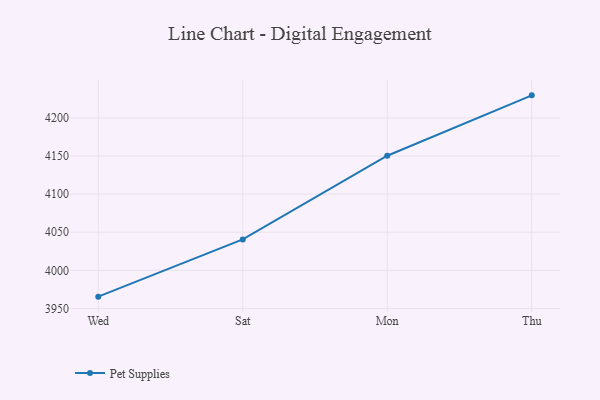
{"axis": {"x": "Day", "y": "Revenue (USD Million)"}, "legend": ["Pet Supplies"], "data": [{"x": "Wed", "y": 3965.4, "type": "Pet Supplies"}, {"x": "Sat", "y": 4040.5, "type": "Pet Supplies"}, {"x": "Mon", "y": 4150.4, "type": "Pet Supplies"}, {"x": "Thu", "y": 4229.7, "type": "Pet Supplies"}]}